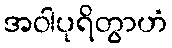
အဝါပုရိတွာဟံ